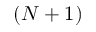
( N + 1 )